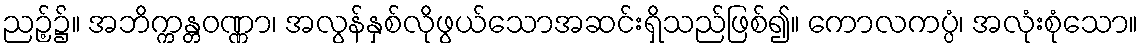
ညဉ့်၌။ အဘိက္ကန္တဝဏ္ဏာ၊ အလွန်နှစ်လိုဖွယ်သောအဆင်းရှိသည်ဖြစ်၍။ ကောလကပ္ပံ၊ အလုံးစုံသော။